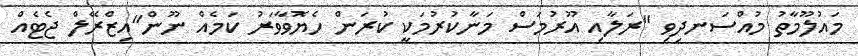
މައުލޫމާތު މުއްސަނދިވި "ރަލާއި އޫރުމަސް މަނާކުުރުމަކީ ކުރަން ހެޔޮވާވަރު ކަމެއް ނޫން"އިޒްރޭލް ޖެޓެއް